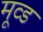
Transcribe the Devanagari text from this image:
मूव्ड